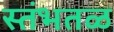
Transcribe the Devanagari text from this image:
स्तंभतळ